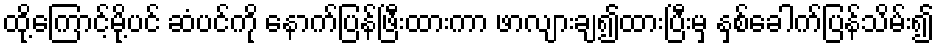
ထို့ကြောင့်မို့ပင် ဆံပင်ကို နောက်ပြန်ဖြီးထားကာ ဖာလျားချ၍ထားပြီးမှ နှစ်ခေါက်ပြန်သိမ်း၍